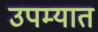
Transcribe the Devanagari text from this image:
उपम्यात